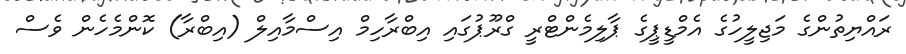
ރައްޔިތުންގެ މަޖިލީހުގެ އެމްޑީޕީގެ ޕާލިމެންޓްރީ ގްރޫޕުގައި އިބްރާހިމް އިސްމާއިލް (އިބްރާ) ކޮންމެހެން ވެސް